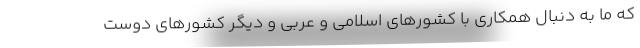
که ما به دنبال همکاری با کشورهای اسلامی و عربی و دیگر کشورهای دوست